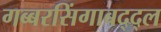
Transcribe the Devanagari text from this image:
गब्बरसिंगाबद्द्ल